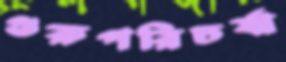
গুরুপরিচর্যা